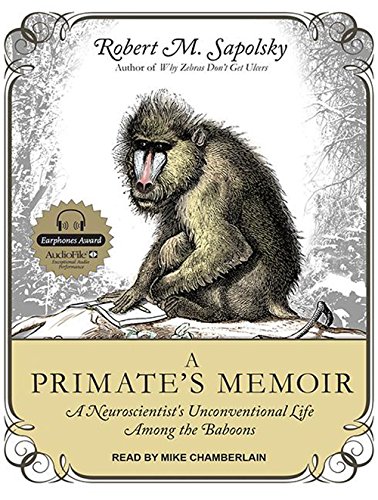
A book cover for A Primate's Memoir: A Neuroscientists Unconventional Life Among the Baboons; Robert M. Sapolsky; Travel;